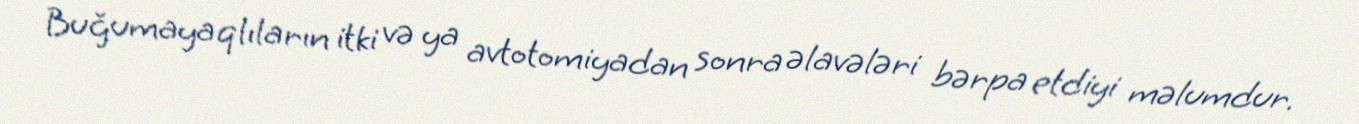
Buğumayaqlıların itki və ya avtotomiyadan sonra əlavələri bərpa etdiyi məlumdur.